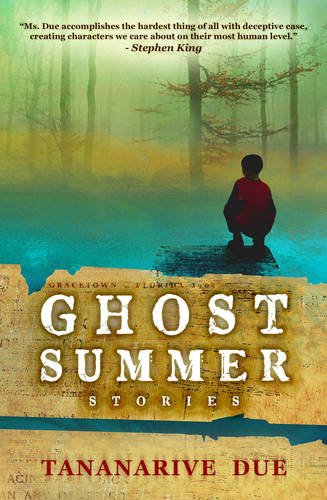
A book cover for Ghost Summer: Stories; Tananarive Due; Science Fiction & Fantasy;